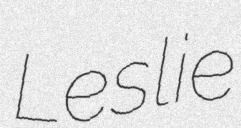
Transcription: Leslie